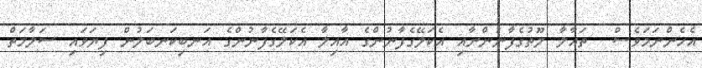
އެހެންނަމަވެސް  ތައާލާ ލޫތުގެފާނުންނާއި އެކަލޭގެފާނުންގެ އާއިލާ އެކަލޭގެފާނުންގެ އަނބިކަނބަލުން ފިޔަވައި ސަލާމަތް